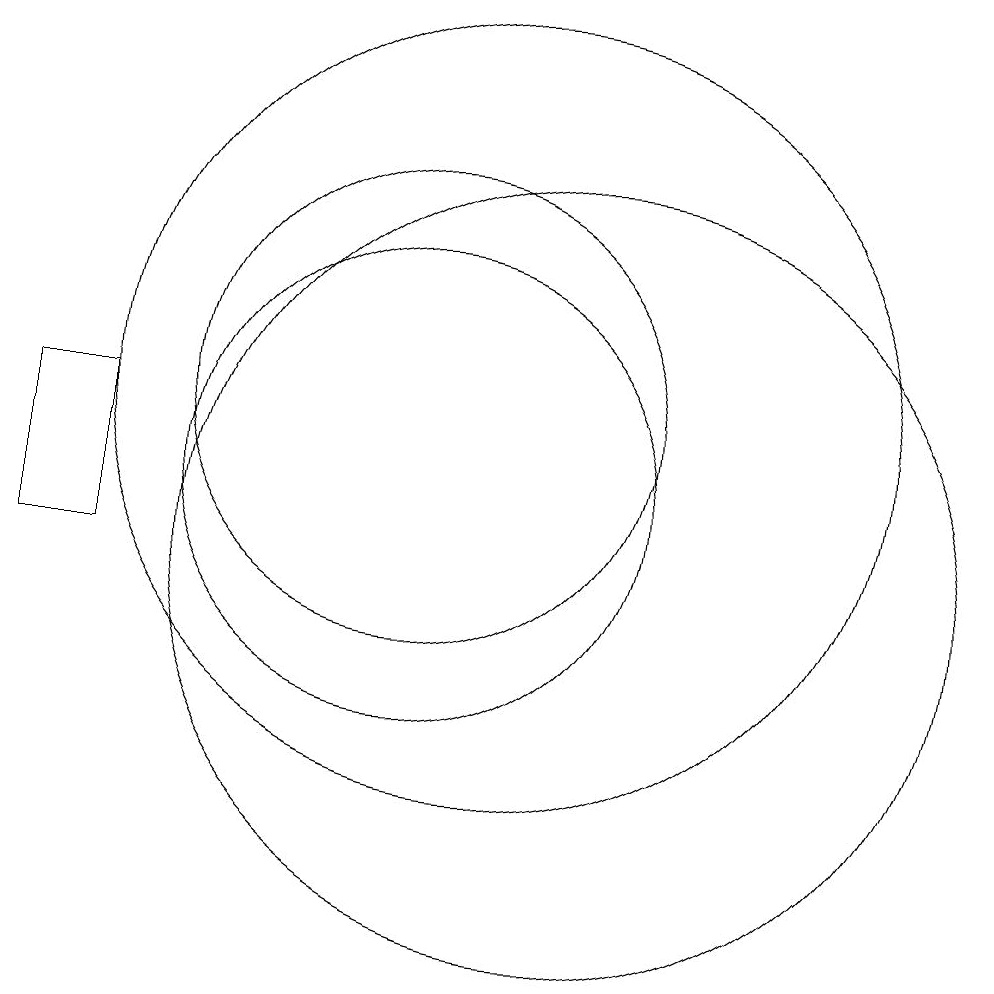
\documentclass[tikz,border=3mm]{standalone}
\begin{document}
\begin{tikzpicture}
\draw (5,12) rectangle (6,10);
\draw (11,12) circle (5);
\draw (10,12) circle (3);
\draw (12,10) circle (5);
\draw (10,11) circle (3);
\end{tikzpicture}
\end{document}